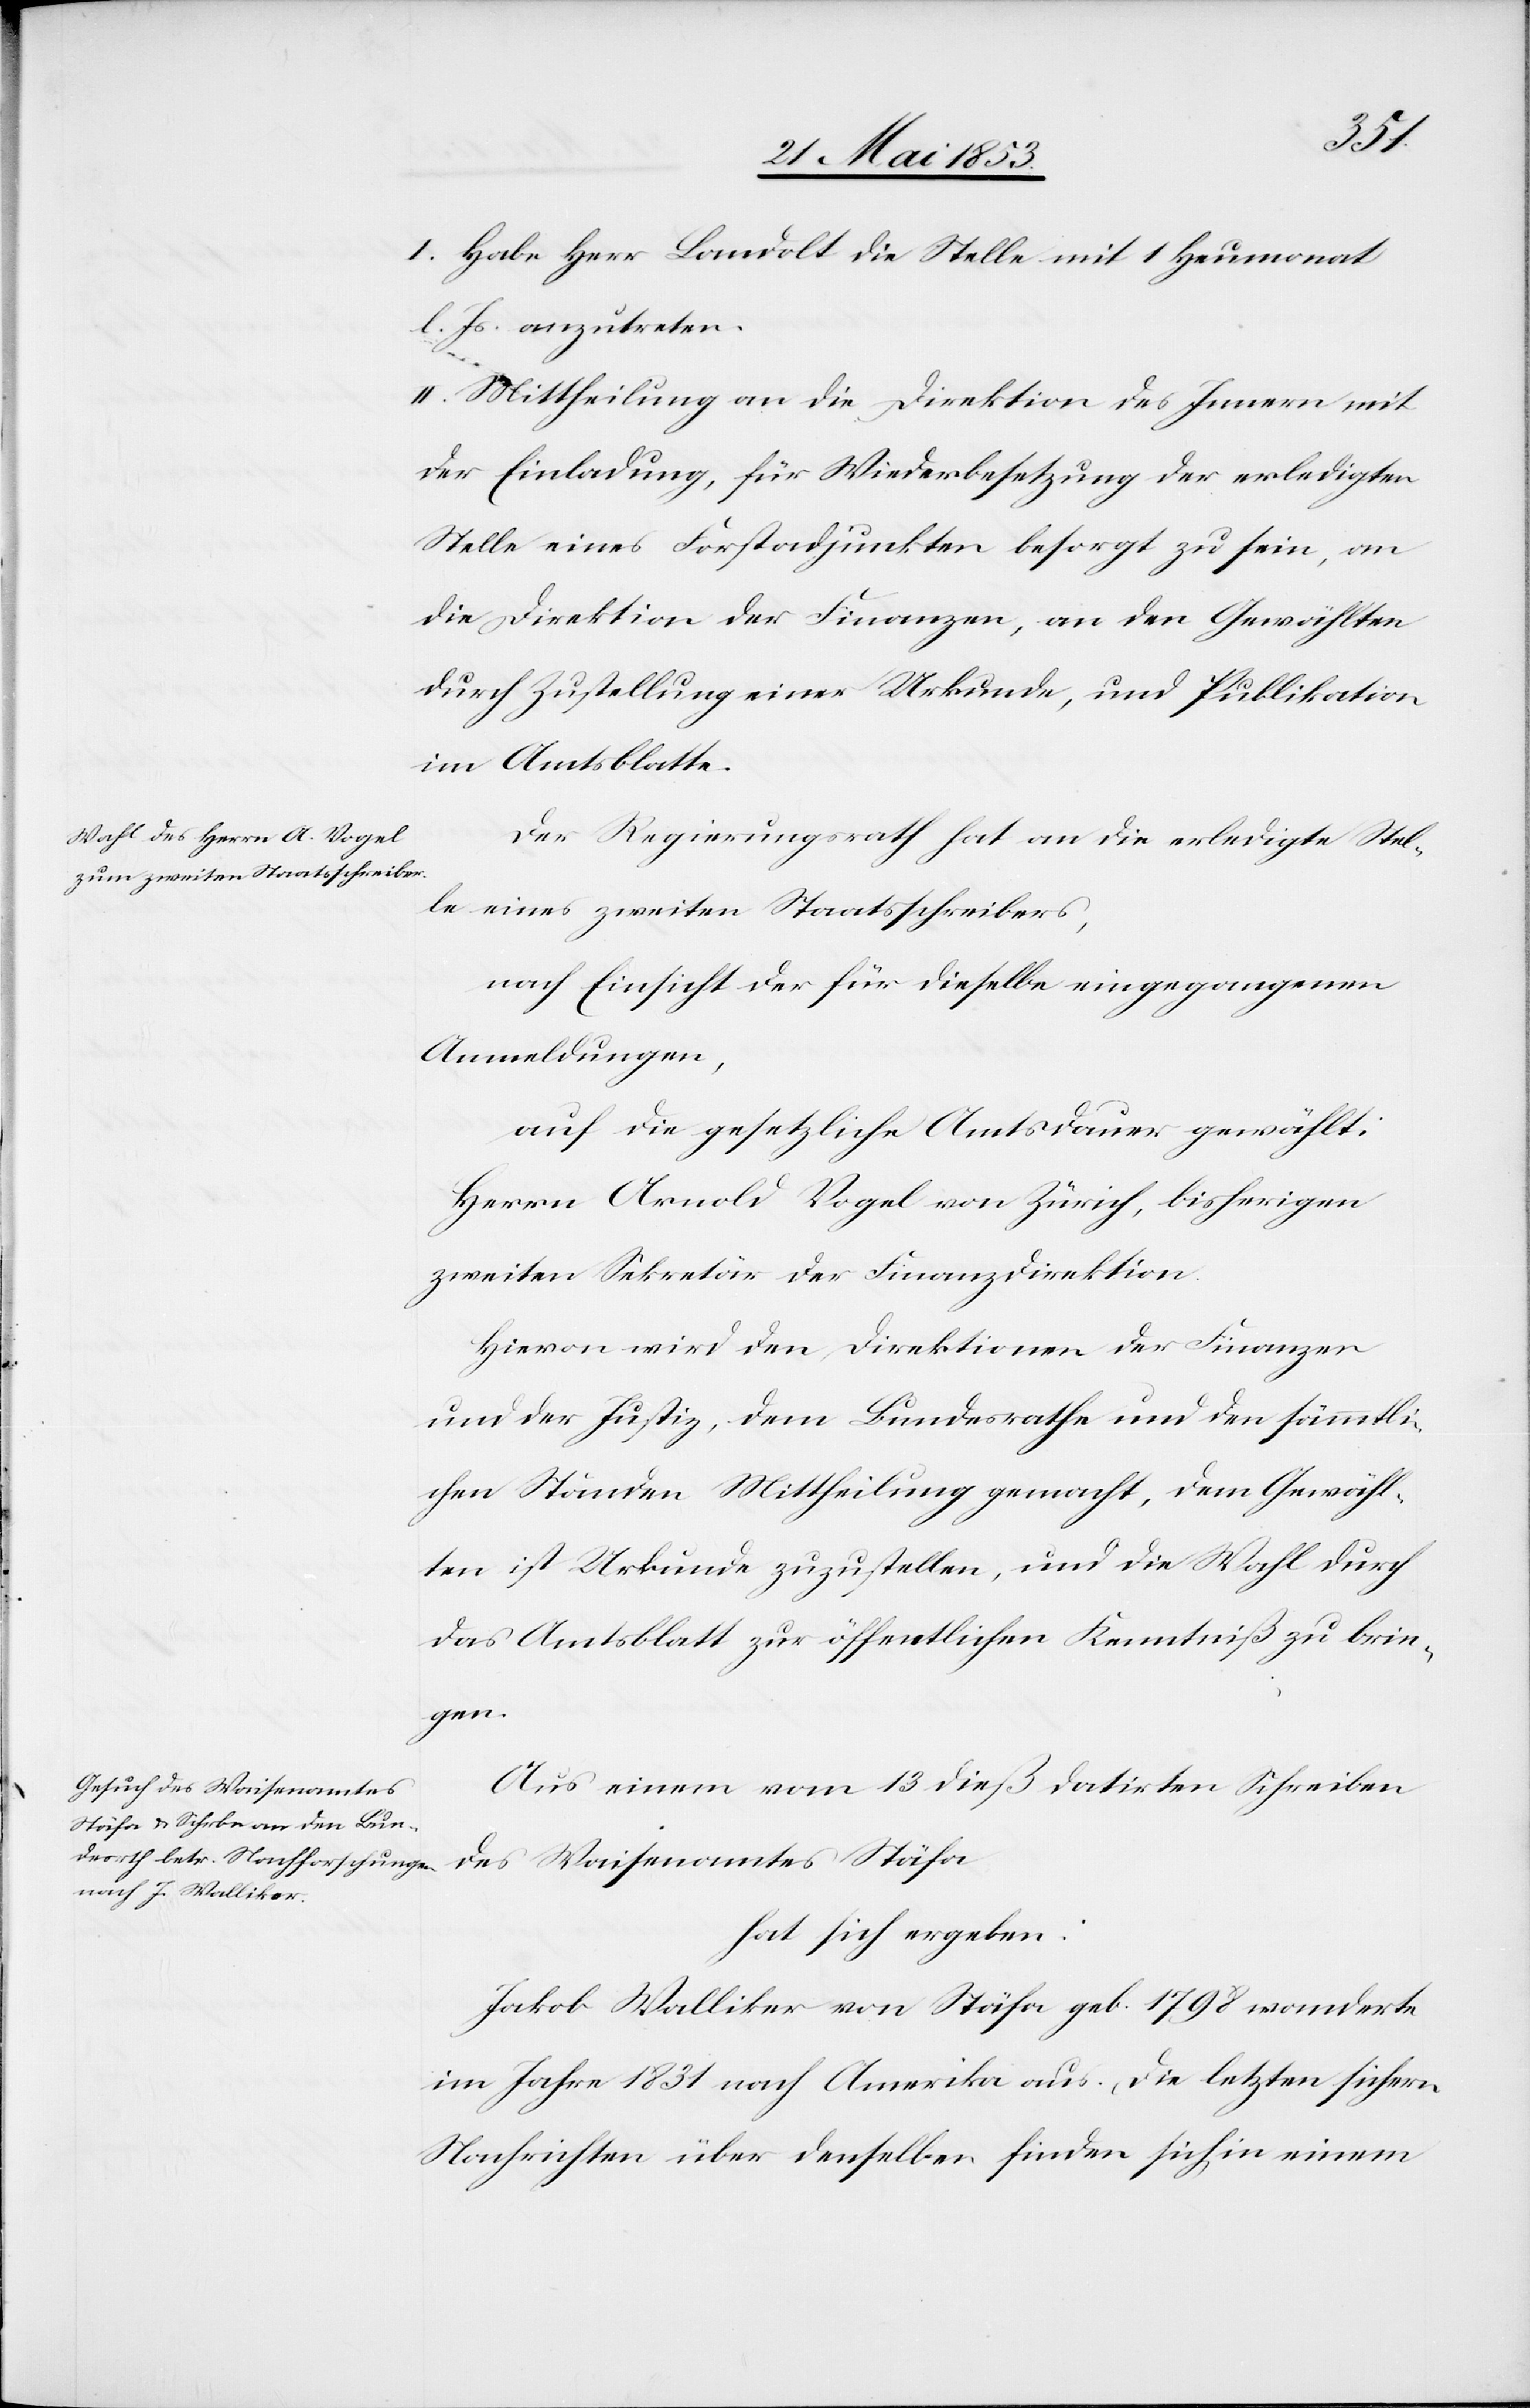
I. Habe Herr Landolt die Stelle mit 1 Heumonat
l. Js. anzutreten.
II. Mittheilung an die Direktion des Innern mit
der Einladung, für Wiederbesetzung der erledigten
Stelle eines Forstadjunkten besorgt zu sein, an
die Direktion der Finanzen, an den Gewählten
durch Zustellung einer Urkunde, und Publikationen
im Amtsblatte.
Der Regierungsrath hat an die erledigte Stel¬
le eines zweiten Staatsschreibers,
nach Einsicht der für dieselbe eingegangenen
Anmeldungen,
auf die gesetzliche Amtsdauer gewählt:
Herrn Arnold Vogel von Zürich, bisherigen
zweiten Sekretär der Finanzdirektion.
Hievon wird den Direktionen der Finanzen
und der Justiz, dem Bundesrathe und den sämmtli¬
chen Ständen Mittheilung gemacht, dem Gewähl¬
ten ist Urkunde zuzustellen, und die Wahl durch
das Amtsblatt zur öffentlichen Kenntniß zu brin¬
gen.
Aus einem vom 13 dieß datirten Schreiben
des Waisenamtes Stäfa
hat sich ergeben:
Jakob Walliker von Stäfa geb. 1798 wanderte
im Jahre 1831 nach Amerika aus. Die letzten sichern
Nachrichten über denselben finden sich in einem